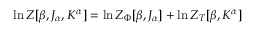
\ln Z [ \beta , J _ { \alpha } , K ^ { \alpha } ] = \ln Z _ { \Phi } [ \beta , J _ { \alpha } ] + \ln Z _ { T } [ \beta , K ^ { \alpha } ]